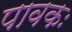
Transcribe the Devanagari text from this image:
पावकः